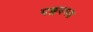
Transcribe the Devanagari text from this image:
पल्लवमल्ल